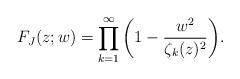
LaTeX: \begin{align*}F_{J}(z;w)=\prod_{k=1}^{\infty}\left(1-\frac{w^{2}}{\zeta_{k}(z)^{2}}\right)\!.\end{align*}